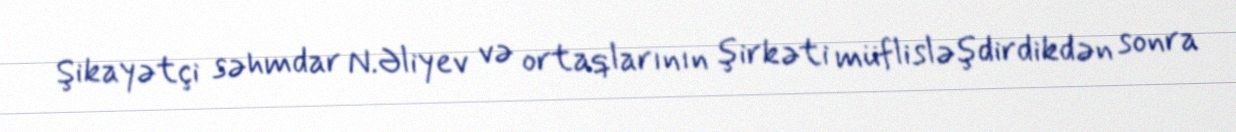
Şikayətçi səhmdar N.Əliyev və ortaqlarının şirkəti müflisləşdirdikdən sonra